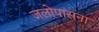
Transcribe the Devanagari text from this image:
जलोपासना